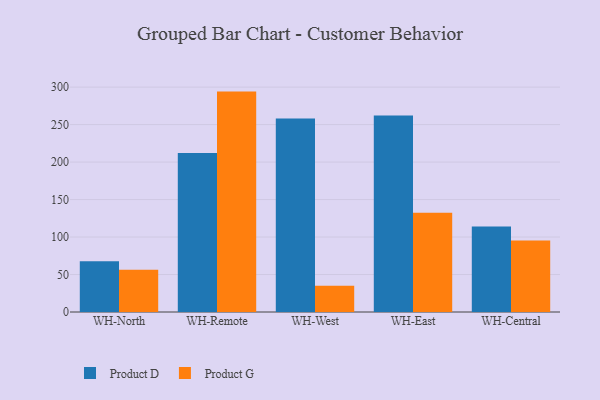
{"axis": {"x": "Warehouse", "y": "Net Income (USD K)"}, "legend": ["Product D", "Product G"], "data": [{"x": "WH-North", "y": 67.8, "type": "Product D"}, {"x": "WH-North", "y": 56.2, "type": "Product G"}, {"x": "WH-Remote", "y": 212.0, "type": "Product D"}, {"x": "WH-Remote", "y": 294.0, "type": "Product G"}, {"x": "WH-West", "y": 258.0, "type": "Product D"}, {"x": "WH-West", "y": 34.9, "type": "Product G"}, {"x": "WH-East", "y": 262.2, "type": "Product D"}, {"x": "WH-East", "y": 132.3, "type": "Product G"}, {"x": "WH-Central", "y": 113.9, "type": "Product D"}, {"x": "WH-Central", "y": 95.3, "type": "Product G"}]}